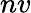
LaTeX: nv